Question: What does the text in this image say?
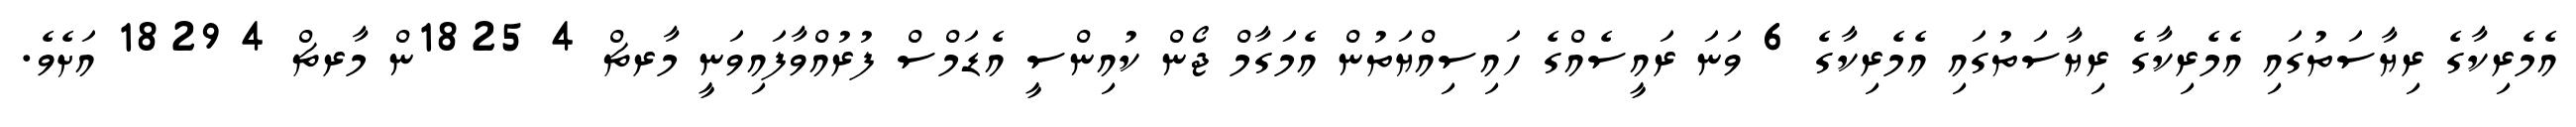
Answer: އެމެރިކާގެ ރިޔާސަތުގައި އެމެރިކާގެ ރިޔާސަތުގައި އެމެރިކާގެ 6 ވަނަ ރައީސެއްގެ ހައިސިއްޔަތުން އެމަގާމް ޖޯން ކުއިންސީ އެޑަމްސް ފުރުއްވާފައިވަނީ މާރޗް 4 1825ން މާރޗް 4 1829 އަށެވެ.